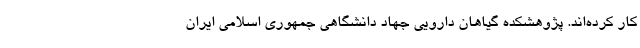
کار کرده‌اند. پژوهشکده گیاهان دارویی جهاد دانشگاهی جمهوری اسلامی ایران